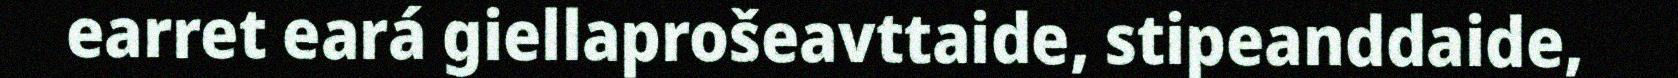
earret eará giellaprošeavttaide, stipeanddaide,